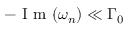
- \textrm { I m } ( \omega _ { n } ) \ll \Gamma _ { 0 }